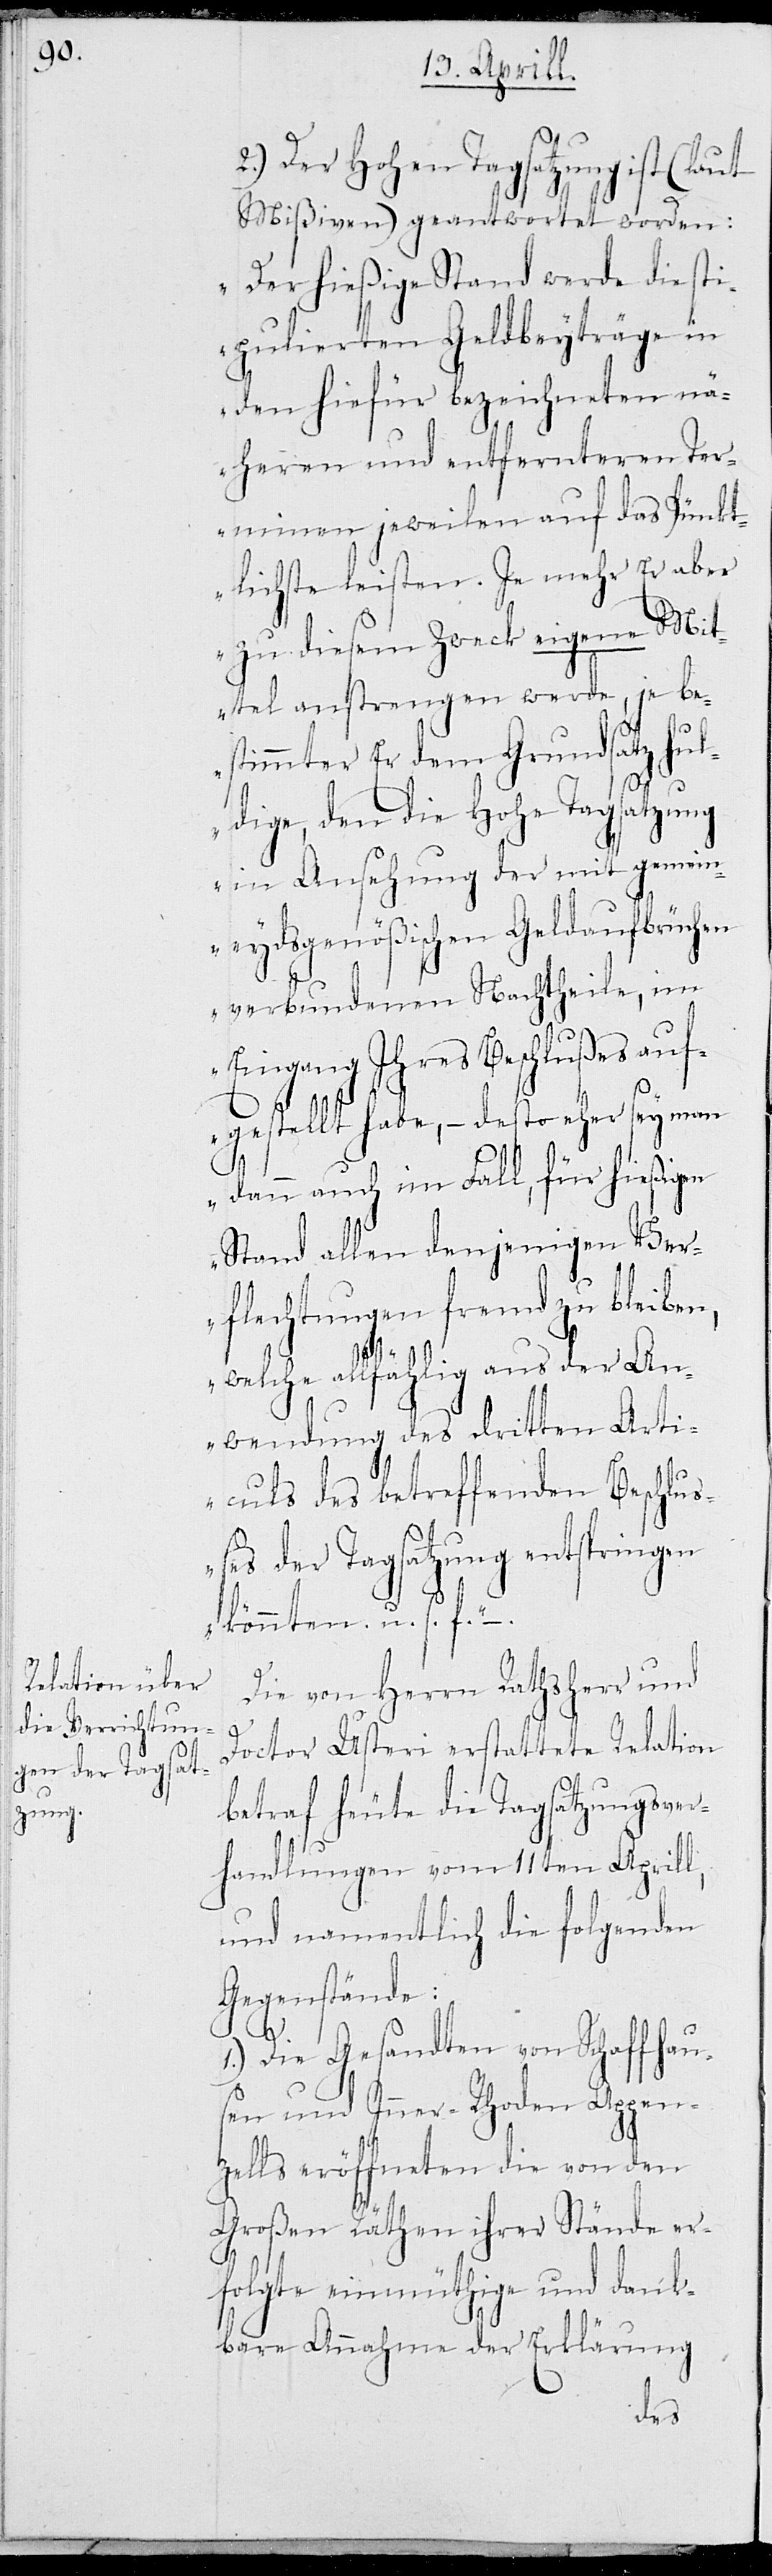
2.) Der Hohen Tagsatzung ist (laut
Mißiven) geantwortet worden:
„Der hießige Stand werde die sti¬
pulierten Geldbeyträge in
den hiefür bezeichneten nä¬
heren und entfernteren Ter¬
minen jeweilen auf das Pünkt¬
lichste leisten. Je mehr Er aber
zu diesem Zweck eigene Mit¬
tel anstrengen werde, je be¬
stimmter Er dem Grundsatz hu¬
ldige, den die Hohe Tagsatzung
in Ansehung der mit gemein¬
eydsgenößischen Geldaufbrüchen
verbundenen Nachtheile, im
Eingang ihres Beschlußes auf¬
gestellt habe, – desto eher sey man
dann auch im Fall, für hießigen
Stand allen denjenigen Ver¬
flechtungen fremd zu bleiben,
welche allfählig aus der An¬
wendung des dritten Arti¬
culs des betreffenden Beschluß¬
es der Tagsatzung entspringen
könnten. u.s.f.“ –
Die von Herrn Rathsherr und
.
Doctor Usteri erstattete Relation
betraf heute die Tagsatzungsver¬
handlungen vom 11ten Aprill,
und namentlich die folgenden
Gegenstände:
1.)
Die Gesandten von Schaffhau¬
sen und Inner-Rhoden Appen¬
zells eröffneten die von den
Großen Räthen ihrer Stände er¬
folgte einmüthige und dank¬
bare Annahme der Erklärung